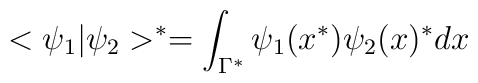
<\psi_1|\psi_2>^*=\int_{\Gamma^*}\psi_1(x^*)\psi_2(x)^* dx